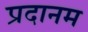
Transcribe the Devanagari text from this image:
प्रदानम